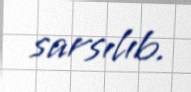
sarsılıb.